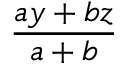
\frac { a y + b z } { a + b }